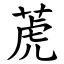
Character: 萀